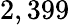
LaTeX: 2,399